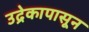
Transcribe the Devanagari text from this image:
उद्रेकापासून